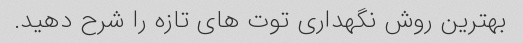
بهترین روش نگهداری توت های تازه را شرح دهید.